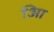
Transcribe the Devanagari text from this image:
आि